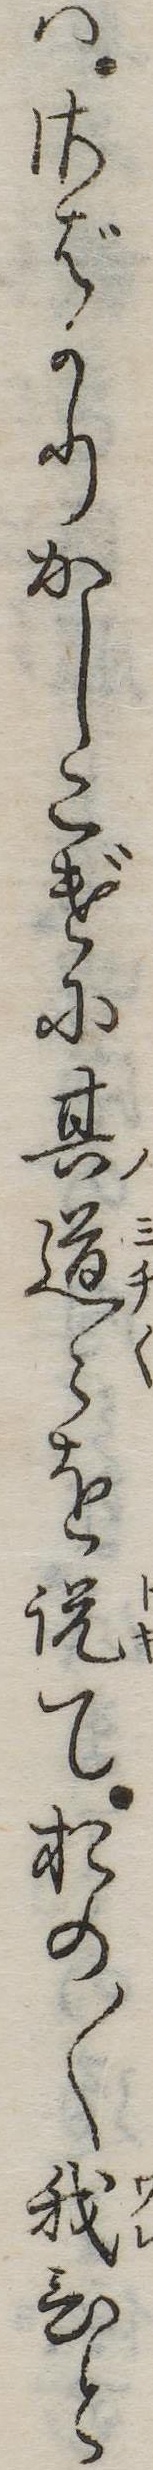
はさばかりかしこげに其道を説ておの〱我ひと